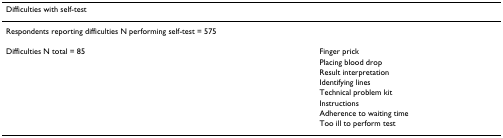
<table><thead><tr><td colspan="2"><b>Difficulties with self-test</b></td><td>[EMPTY_CELL]</td></tr></thead><tbody><tr><td>Respondents reporting difficulties N performing self-test = 575</td><td>[EMPTY_CELL]</td><td>[EMPTY_CELL]</td></tr><tr><td>Difficulties N total = 85</td><td>Finger prick</td><td>[EMPTY_CELL]</td></tr><tr><td>[EMPTY_CELL]</td><td>Placing blood drop</td><td>[EMPTY_CELL]</td></tr><tr><td>[EMPTY_CELL]</td><td>Result interpretation</td><td>[EMPTY_CELL]</td></tr><tr><td>[EMPTY_CELL]</td><td>Identifying lines</td><td>[EMPTY_CELL]</td></tr><tr><td>[EMPTY_CELL]</td><td>Technical problem kit</td><td>[EMPTY_CELL]</td></tr><tr><td>[EMPTY_CELL]</td><td>Instructions</td><td>[EMPTY_CELL]</td></tr><tr><td>[EMPTY_CELL]</td><td>Adherence to waiting time</td><td>[EMPTY_CELL]</td></tr><tr><td>[EMPTY_CELL]</td><td>Too ill to perform test</td><td>[EMPTY_CELL]</td></tr></tbody></table>